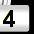
Digit: 3